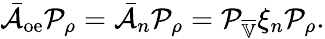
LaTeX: \bar{\mathcal{A}}_{\mathrm{oe}}\mathcal{P}_{\rho}=\bar{\mathcal{A}}_{n}\mathcal{P}_{\rho}=\mathcal{P}_{\overline{{\mathbb{V}}}}\xi_{n}\mathcal{P}_{\rho}.